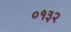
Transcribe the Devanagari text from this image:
०१३२